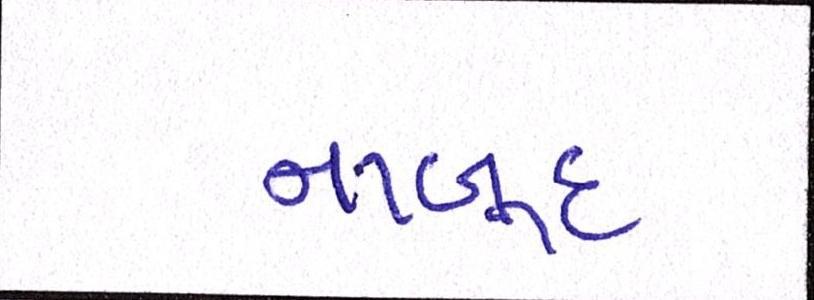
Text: નાબૂદ